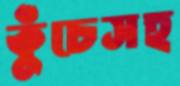
কুঁচেসহ